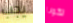
يجب تكونا